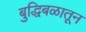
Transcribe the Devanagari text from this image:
बुद्धिबळातून